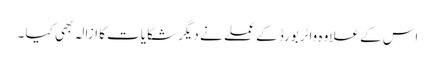
اس کے علاوہ واٹربورڈ کے عملے نے دیگر شکایات کا ازالہ بھی کیا ۔